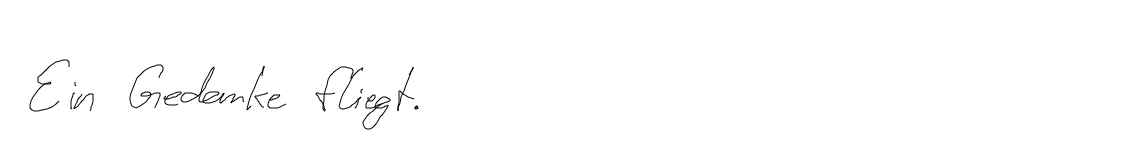
Ein Gedanke fliegt.